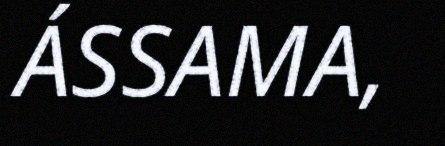
ÁSSAMA,